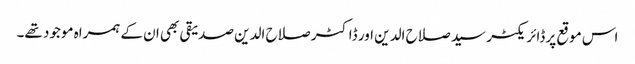
اس موقع پر ڈائریکٹر سید صلاح الدین اور ڈاکٹر صلاح الدین صدیقی بھی ان کے ہمراہ موجود تھے۔